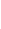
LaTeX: \! \! \! \! \! \! \! \! \! \! \! (s\! \! \! \! \! \! \! \! \! \! \! \! ,t\! \! \! \! \! \! \! \! \! \! \! \! )\! \! \! \! \! \! \! \! \! \! \! \! \in\! \! \! \! \! \! \! \! \! \! \! \! [\! \! \! \! \! \! \! \! \! \! \! \! 0\! \! \! \! \! \! \! \! \! \! \! \! ,\! \! \! \! \! \! \! \! \! \! \! \! 1\! \! \! \! \! \! \! \! \! \! \! \! ]\! \! \! \! \! \! \! \! \! \! \! \! \times\! \! \! \! \! \! \! \! \! \! \! \! [\! \! \! \! \! \! \! \! \! \! \! \! 0\! \! \! \! \! \! \! \! \! \! \! \! ,\! \! \! \! \! \! \! \! \! \! \! \! 1\! \! \! \! \! \! \! \! \! \! \! \! ]\! \! \! \! \! \! \! \! \! \! \!